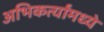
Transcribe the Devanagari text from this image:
अभिकर्त्यांमध्ये